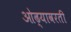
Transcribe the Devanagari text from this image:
ओढ्यावरती